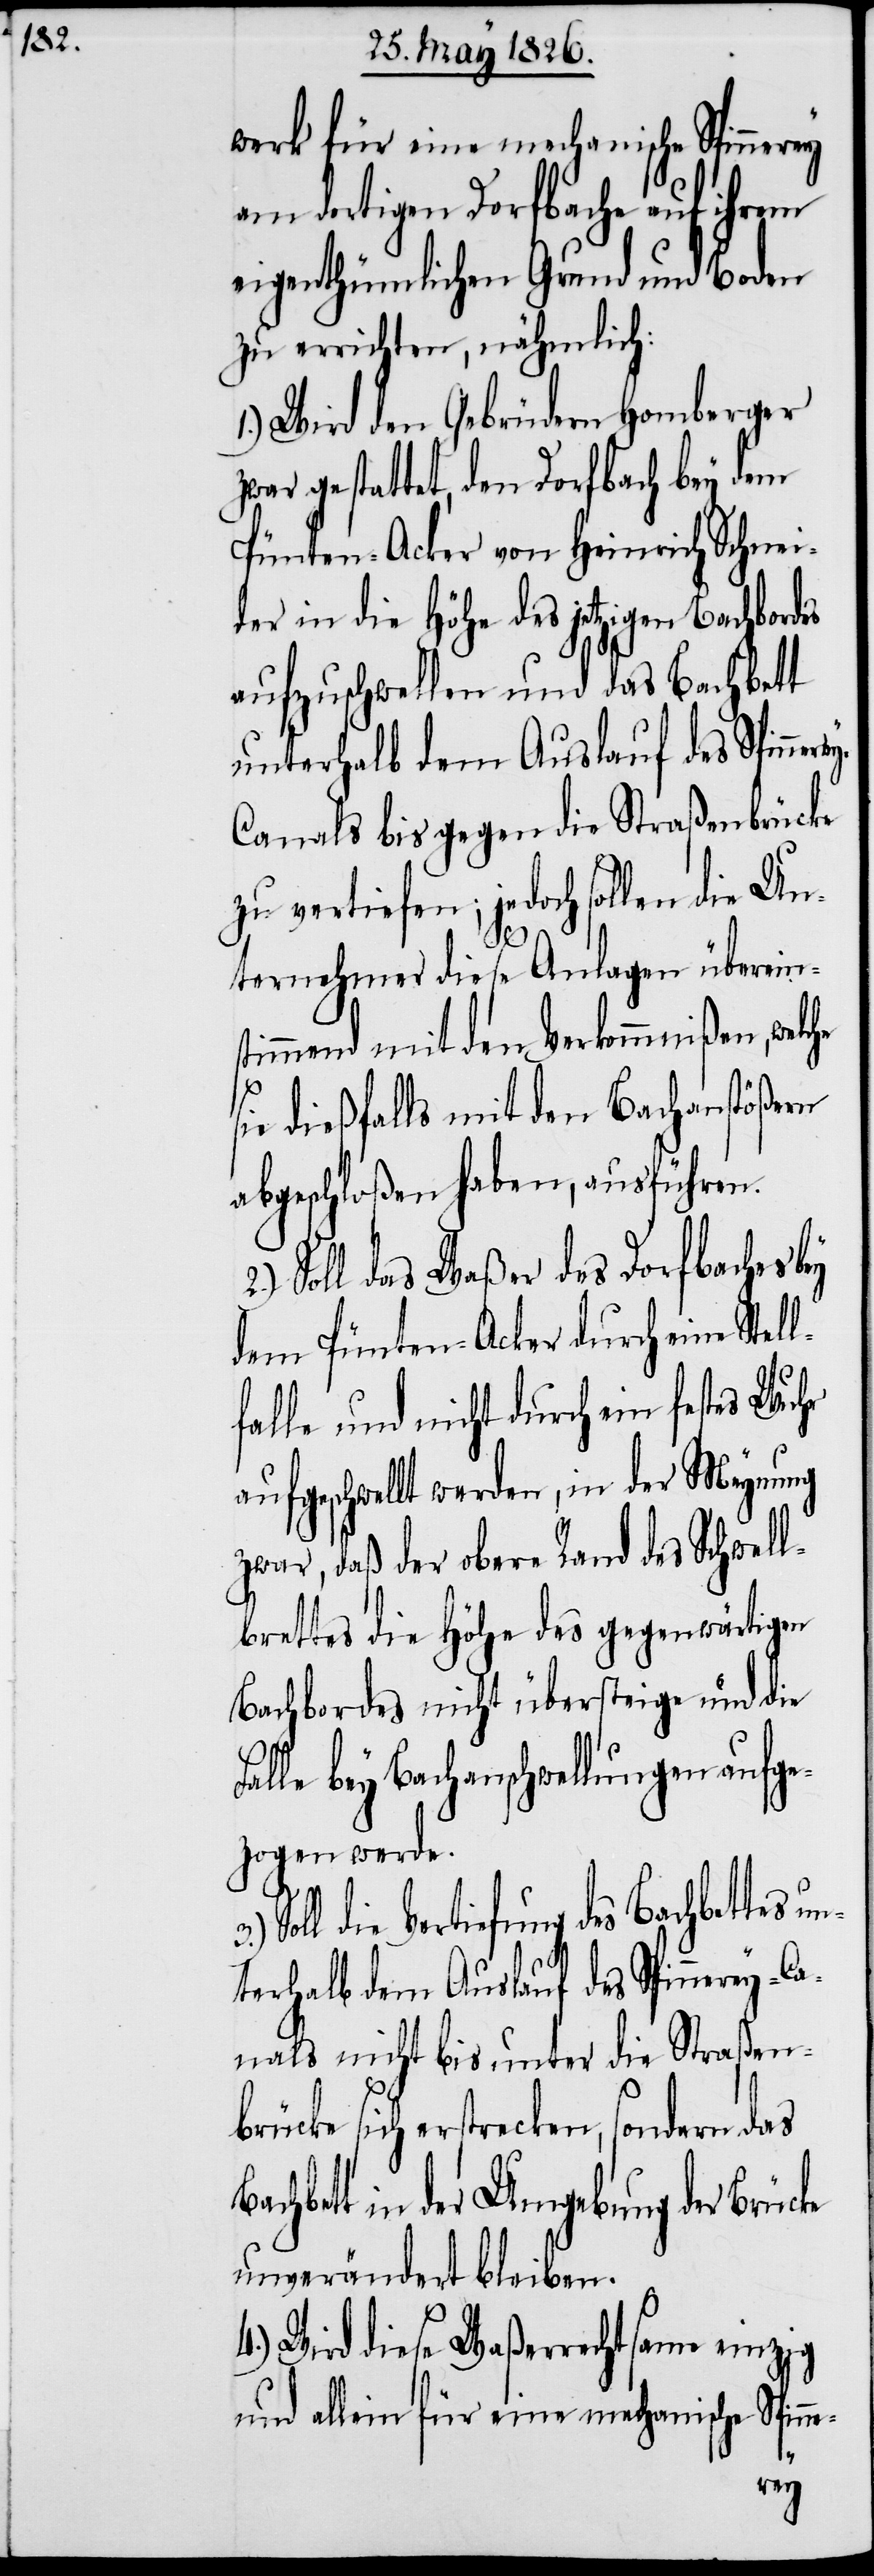
werk für eine mechanische Spinnerey
am dortigen Dorfbache auf ihrem
eigenthümlichen Grund und Boden
zu errichten, nähmlich:
1.) Wird den Gebrüdern Homberger
zwar gestattet, den Dorfbach bey dem
Pünten-Acker von Heinrich Schnei¬
der in die Höhe des jetzigen Bachbordes
aufzuschwellen und das Bachbett
unterhalb dem Auslauf des Spinner¬
anals bis gegen die Straßenbrücke
zu vertiefen; jedoch sollen die Un¬
ternehmer diese Anlagen übereins¬
timmend mit den Verkommnißen, welche
ie dießfalls mit den Bachanstößern
abgeschloßen haben, ausführen.
Soll das Waßer des Dorfbaches bey
dem Pünten-Acker durch eine Stel¬
falle und nicht durch ein festes
aufgeschwellt werden, in der Meynung
zwar, daß der obere Rand des Schwel¬
lbrettes die Höhe des gegenwärtigen
Bachbordes nicht übersteige und die
bey Bachanschwellungen aufge¬
zogen werde.
Soll die Vertiefung des Bachbettes u¬
nterhalb dem Auslauf des Spinnerey-C¬
anals nicht bis unter die Straßen¬
brücke sich erstrecken, sondern das
bett in der Umgebung der Brücke
unverändert bleiben.
4.) Wird diese Waßerrechtsame einzig
und allein für eine mechanische Spinne-
l¬
Bach¬